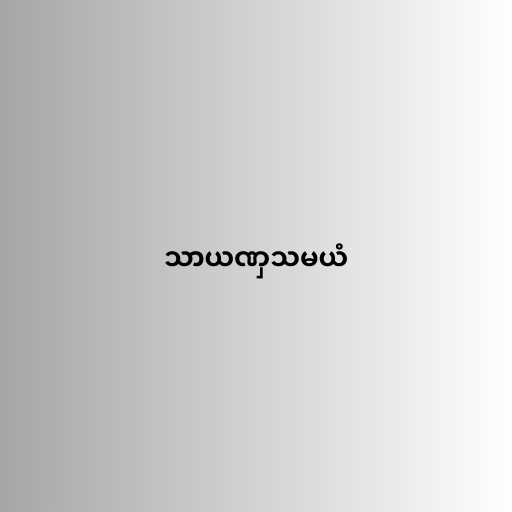
သာယဏှသမယံ